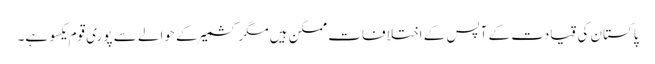
پاکستان کی قیادت کے آپس کے اختلافات ممکن ہیں مگر کشمیر کے حوالے سے پوری قوم یکسو ہے۔